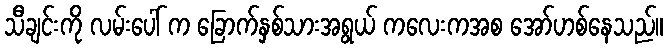
သီချင်းကို လမ်းပေါ် က ခြောက်နှစ်သားအရွယ် ကလေးကအစ အော်ဟစ်နေသည်။